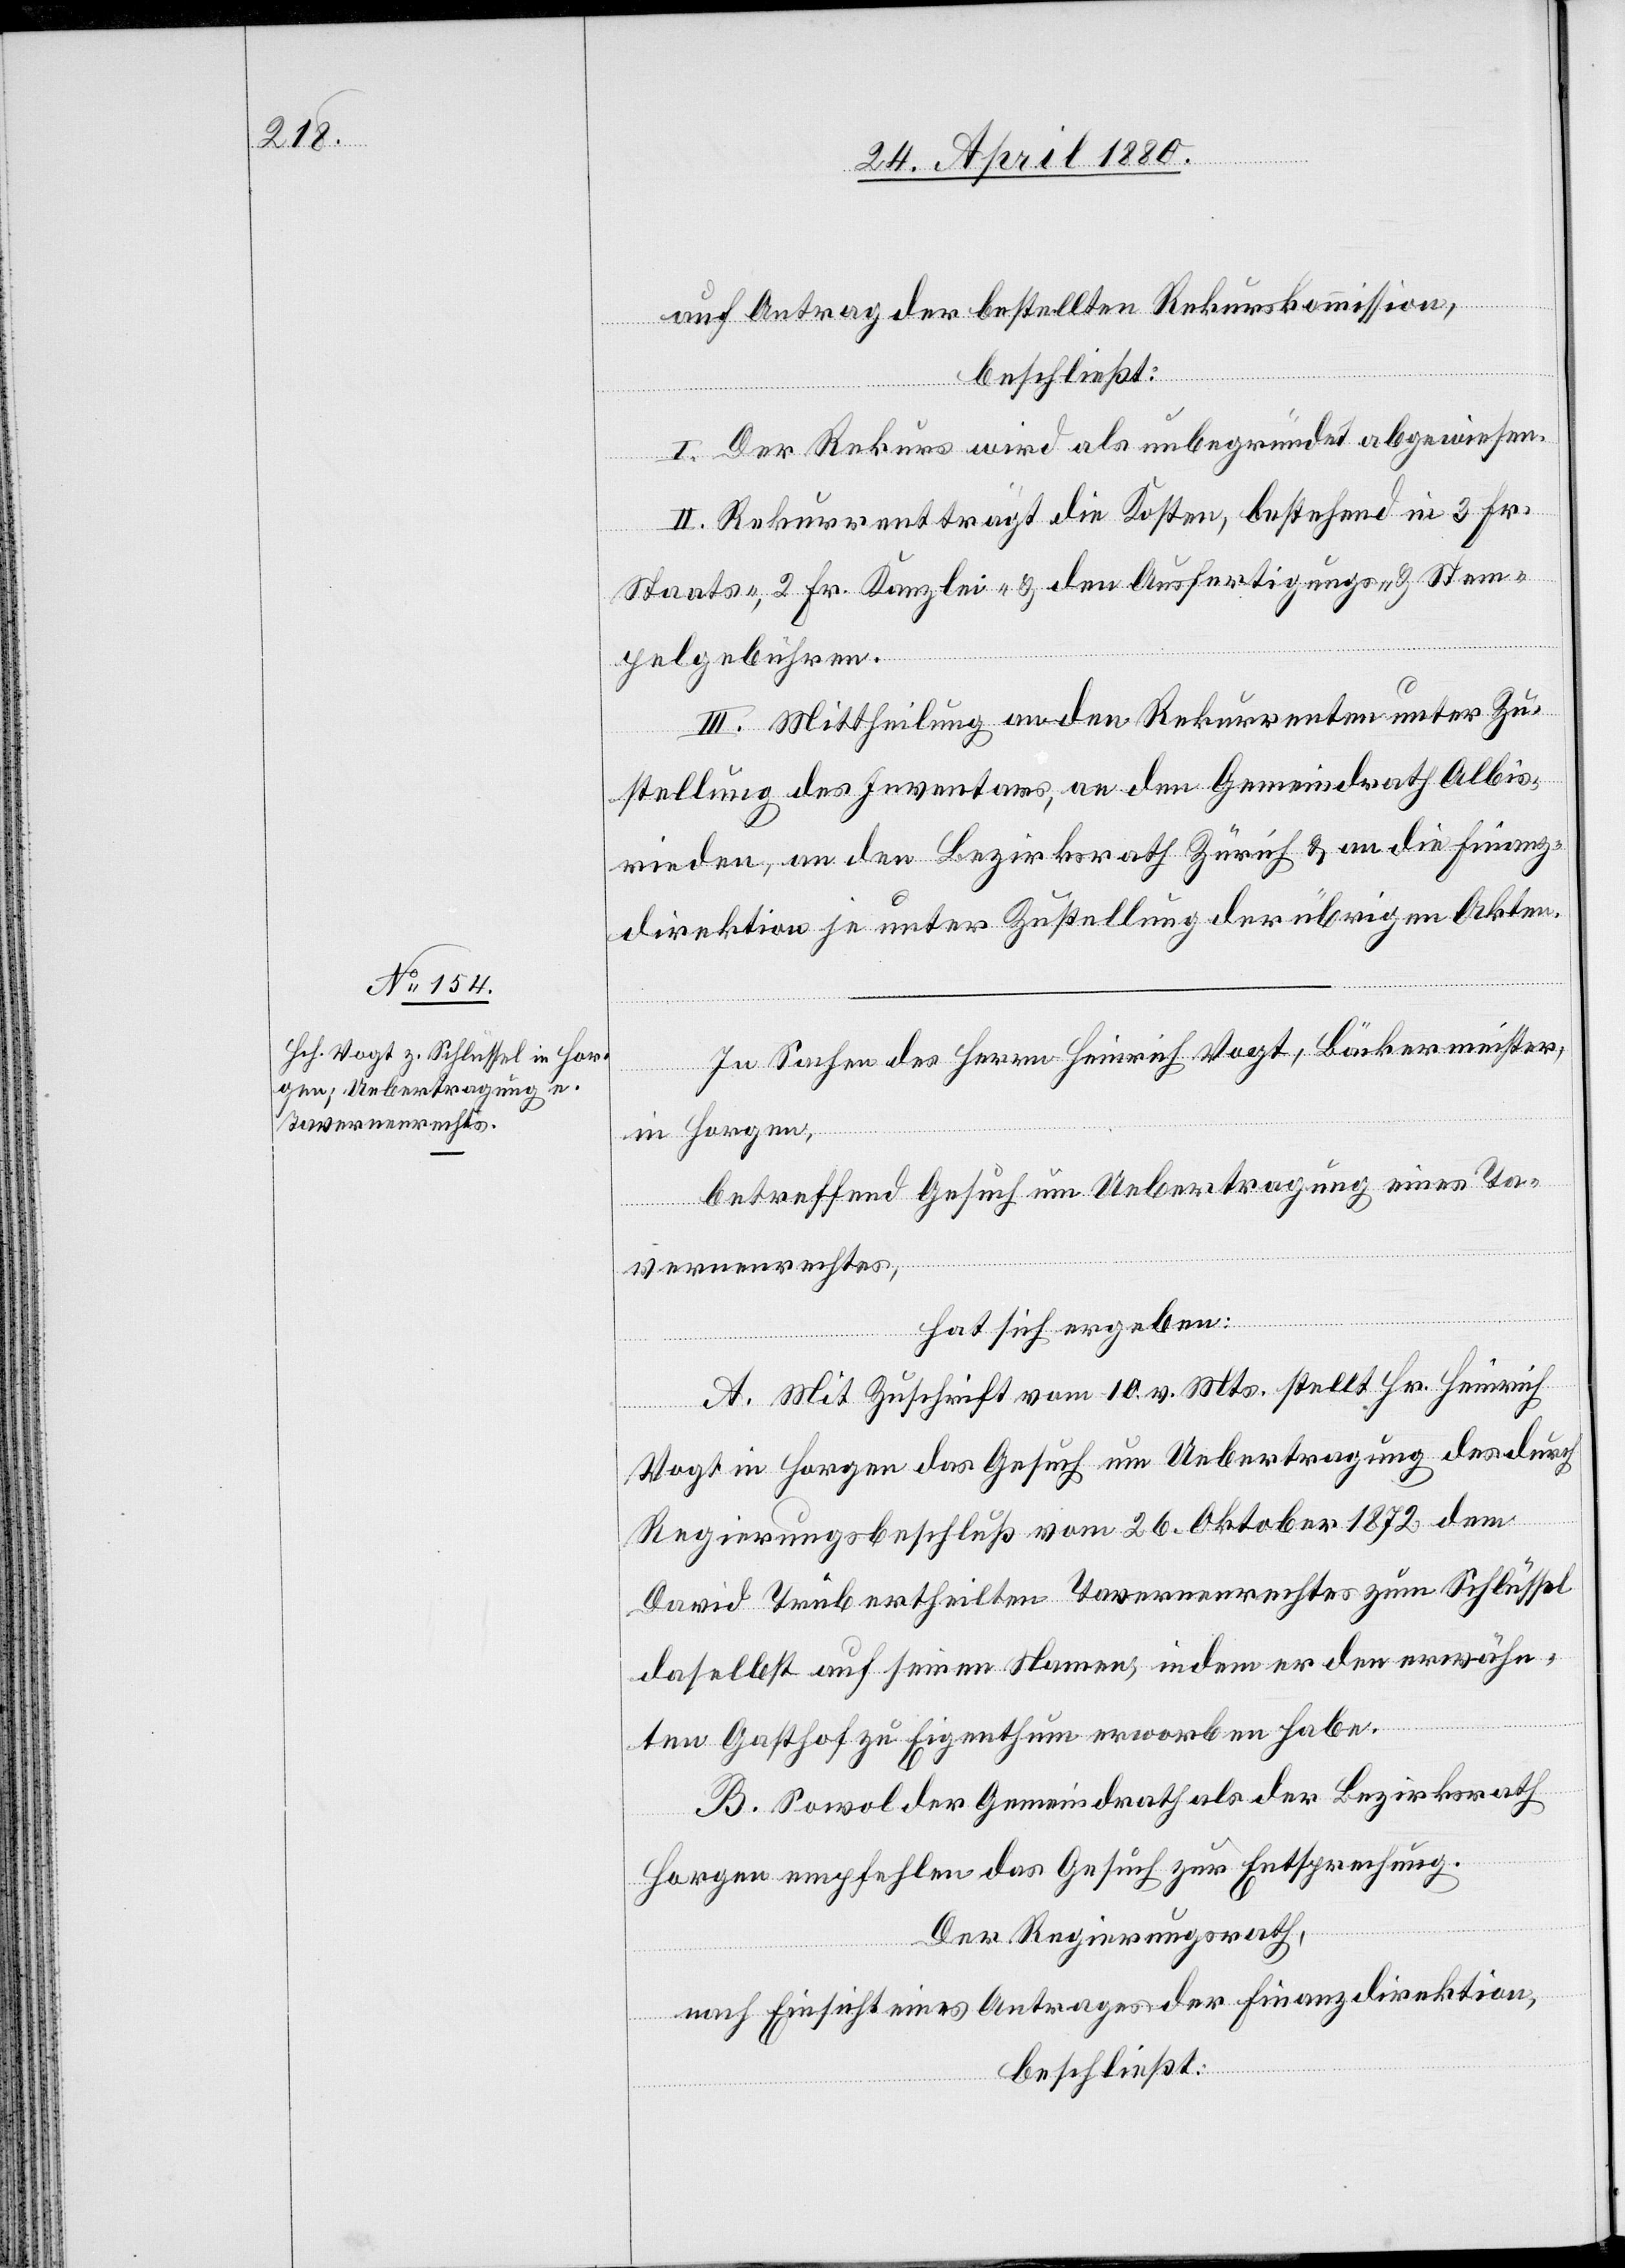
auf Antrag der bestellten Rekurskommission,
beschließt:
I. Der Rekurs wird als unbegründet abgewiesen.
II. Rekurrent trägt die Kosten, bestehend in 3 Fr.
Staats., 2 Fr. Kanzlei- & den Ausfertigungs- & Stem¬
pelgebühren.
III. Mittheilung an den Rekurrenten unter Zu¬
stellung des Inventars, an den Gemeindrath Albis¬
rieden, an den Bezirksrath Zürich & an die Finanz¬
direktion je unter Zustellung der übrigen Akten.
In Sachen des Herrn Heinrich Vogt, Bäckermeister,
in Horgen,
betreffend Gesuch um Uebertragung eines Ta¬
vernenrechtes,
hat sich ergeben:
A. Mit Zuschrift vom 10. v. Mts. stellt Hr. Heinrich
Vogt in Horgen das Gesuch um Uebertragung des durch
Regierungsbeschluß vom 26. Oktober 1872 dem
David Trüb ertheilten Tavernenrechtes zum Schlüssel
daselbst auf seinen Namen, indem er den erwähn¬
ten Gasthof zu Eigenthum erworben habe.
B. Sowol der Gemeindrath als der Bezirksrath
Horgen empfehlen das Gesuch zur Entsprechung.
Der Regierungsrath,
nach Einsicht eines Antrages der Finanzdirektion,
beschließt: